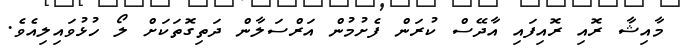
މާއިޝާ ރޮއި ރޮއިފައި އާދޭސް ކުރަން ފެށުމުން އަރްސަލާން ދަތިގޮތަކަށް ލޯ ހުޅުވައިލިއެވެ.